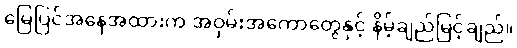
မြေပြင်အနေအထားက အဝှမ်းအကောတွေနှင့် နိမ့်ချည်မြင့်ချည်။